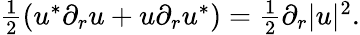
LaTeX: \begin{array}{r}{\frac{1}{2}\left(u^{*}\partial_{r}u+u\partial_{r}u^{*}\right)=\frac{1}{2}\partial_{r}|u|^{2}.}\end{array}